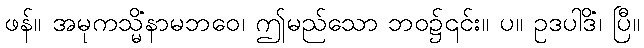
ဖန်။ အမုကသ္မိံနာမဘဝေ၊ ဤမည်သော ဘဝ၌၎င်း။ ပ။ ဥဒပါဒိံ၊ ပြီ။